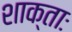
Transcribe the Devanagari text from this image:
शाक्ताः